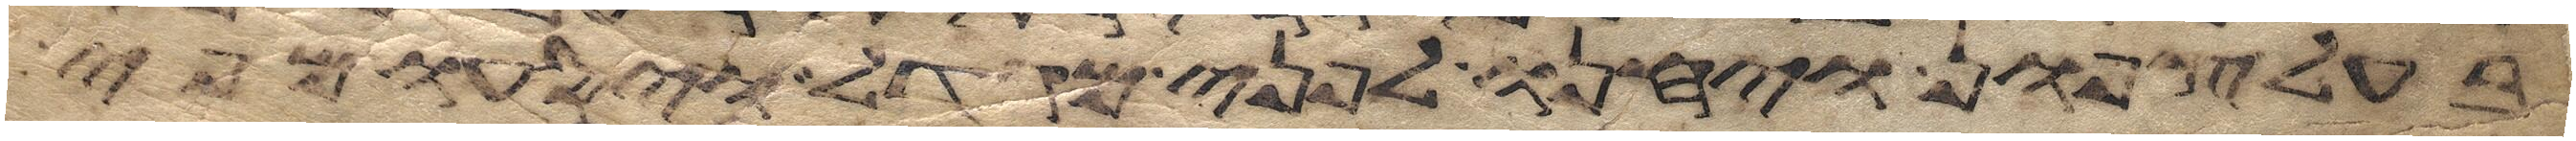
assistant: בעל צפון ויחנו לפני מגדול ויסעו מפי